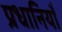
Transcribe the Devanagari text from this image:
प्रधानियाँ